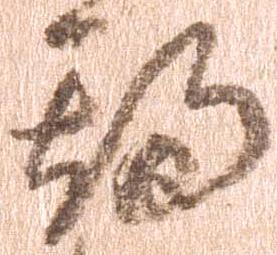
期